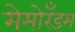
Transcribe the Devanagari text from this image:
मेमोरँडम